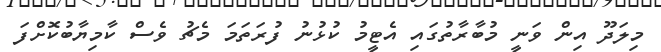
މިލަދޫ އިން ވަނީ މުބާރާތުގައި އެޓީމު ކުޅުނު ފުރަތަމަ މެޗު ވެސް ކާމިޔާބުކޮށްފަ